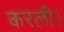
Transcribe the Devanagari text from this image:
करली।